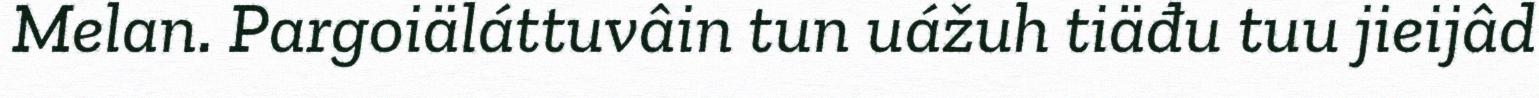
Melan. Pargoiäláttuvâin tun uážuh tiäđu tuu jieijâd